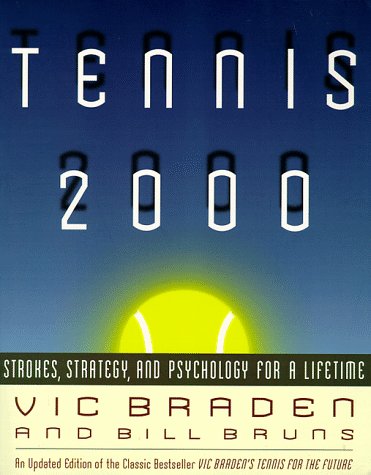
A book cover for Tennis 2000: Strokes, Strategy, and Psychology for a Lifetime; Vic Braden; Sports & Outdoors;